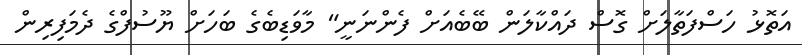
އަތޮޅު ހަސްފަތާލަށް ގޮސް ދައްކާލަން ބޭބެއަށް ފެންނަނީ" މާވަޑިބެގެ ބަހަށް ޔޫސުފްގެ ދެމަފިރިން